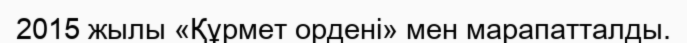
2015 жылы «Құрмет ордені» мен марапатталды.